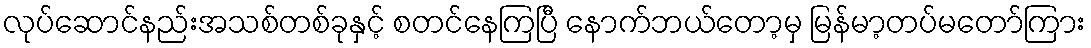
လုပ်ဆောင်နည်းအသစ်တစ်ခုနှင့် စတင်နေကြပြီ နောက်ဘယ်တော့မှ မြန်မာ့တပ်မတော်ကြား